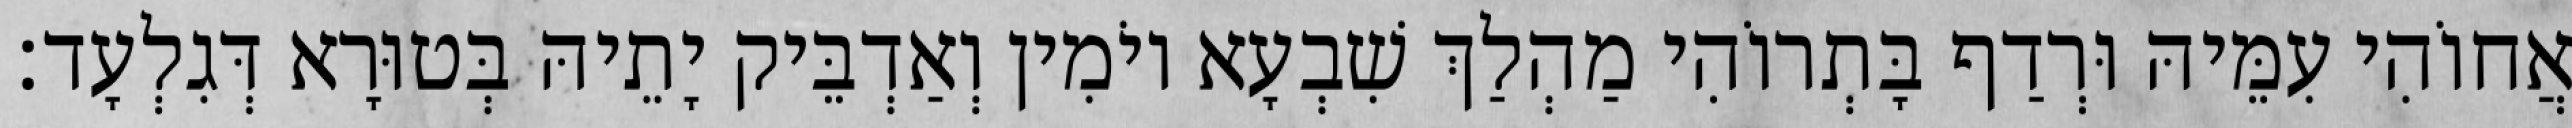
אֲחוֹהִי עִמֵּיהּ וּרְדַף בָּתְרוֹהִי מַהְלַךְ שִׁבְעָא יוֹמִין וְאַדְבֵּיק יָתֵיהּ בְּטוּרָא דְּגִלְעָד׃